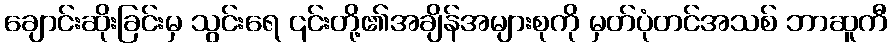
ချောင်းဆိုးခြင်းမှ သွင်းရေ ၎င်းတို့၏အချိန်အများစုကို မှတ်ပုံတင်အသစ် ဘာဆူကီ